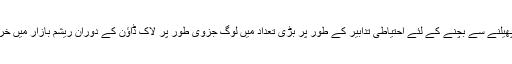
حیدرآباد: کوویڈ 19 کے پھیلنے سے بچنے کے لئے احتیاطی تدابیر کے طور پر بڑی تعداد میں لوگ جزوی طور پر لاک ڈاؤن کے دوران ریشم بازار میں خریداری خرید کر رہے ہیں۔